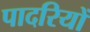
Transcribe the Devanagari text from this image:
पादरियों